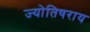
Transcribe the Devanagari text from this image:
ज्योतिषराय